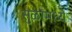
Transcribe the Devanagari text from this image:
सुळांमध्ये